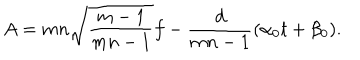
A = m n \sqrt { \frac { m - 1 } { m n - 1 } } f - \frac { d } { m n - 1 } ( \alpha _ { 0 } t + \beta _ { 0 } ) .